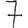
Digit: 7